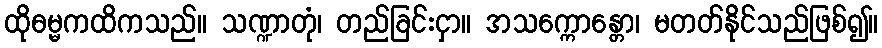
ထိုဓမ္မကထိကသည်။ သဏ္ဍာတုံ၊ တည်ခြင်းငှာ။ အသက္ကောန္တော၊ မတတ်နိုင်သည်ဖြစ်၍။